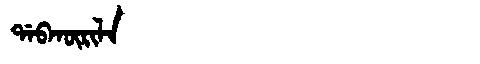
Manchu: ᡩᠠᠪᡴᡡᡵᡳᠯᠠ
Romanization: DABKŪRILA